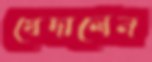
খেদালেন